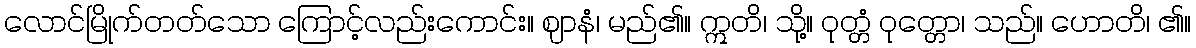
လောင်မြိုက်တတ်သော ကြောင့်လည်းကောင်း။ ဈာနံ၊ မည်၏။ ဣတိ၊ သို့။ ဝုတ္တံ ဝုတ္တော၊ သည်။ ဟောတိ၊ ၏။